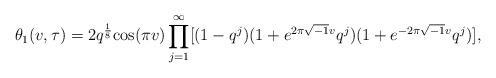
LaTeX: \begin{align*}\theta_1(v,\tau)=2q^{\frac{1}{8}}{\rm cos}(\pi v)\prod_{j=1}^{\infty}[(1-q^j)(1+e^{2\pi\sqrt{-1}v}q^j)(1+e^{-2\pi\sqrt{-1}v}q^j)],\end{align*}